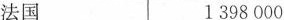
法国1398000